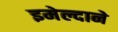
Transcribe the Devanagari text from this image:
इमेल्दाने